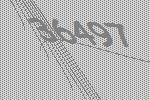
36497